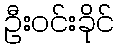
ဦးဝင်းခိုင်